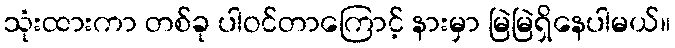
သုံးထားကာ တစ်ခု ပါဝင်တာကြောင့် နားမှာ မြဲမြဲရှိနေပါမယ်။